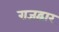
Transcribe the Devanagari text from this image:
राजद्वार